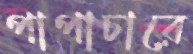
পাপাচারে